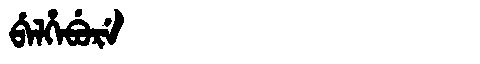
Manchu: ᠪᡝᠯᡥᡝᠪᡠᡵᡝ
Romanization: BELHEBURE